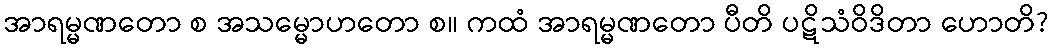
အာရမ္မဏတော စ အသမ္မောဟတော စ။ ကထံ အာရမ္မဏတော ပီတိ ပဋိသံဝိဒိတာ ဟောတိ?